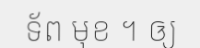
ទ័ព មុខ ។ ឲ្យ